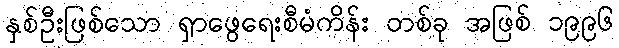
နှစ်ဦးဖြစ်သော ရှာဖွေရေးစီမံကိန်း တစ်ခု အဖြစ် ၁၉၉၆